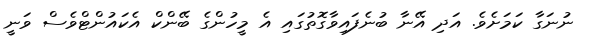
ނުނަގާ ކަމަށެވެ. އަދި އޭނާ ބުނެފައިވާގޮތުގައި އެ މީހުންގެ ބޭންކް އެކައުންޓްވެސް ވަނީ